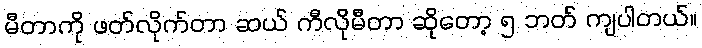
မီတာကို ဖတ်လိုက်တာ ဆယ် ကီလိုမီတာ ဆိုတော့ ၅ ဘတ် ကျပါတယ်။